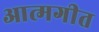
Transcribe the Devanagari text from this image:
आत्मगीत